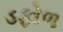
ડફોળ